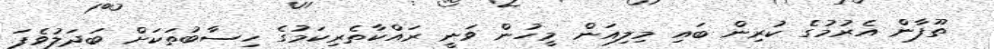
ތޫފާން އެރުމުގެ ކުރިން ބައި މިލިއަން މީހުން ވަނީ ރައްކާތެރިކަމުގެ ހިސާބުތަކަށް ބަދަލުވެފަ